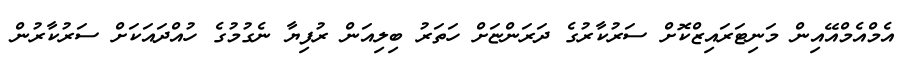
އެމްއެމްއޭއިން މަނިޓަރައިޒްކޮށް ސަރުކާރުގެ ދަރަންޏަށް ހަތަރު ބިލިއަން ރުފިޔާ ނެގުމުގެ ހުއްދައަކަށް ސަރުކާރުން